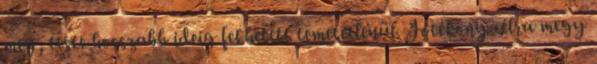
meg, teste hosszabb ideig fekhetett temetetlenül. Jótékony célra megy